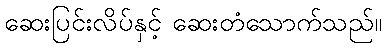
ဆေးပြင်းလိပ်နှင့် ဆေးတံသောက်သည်။